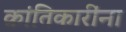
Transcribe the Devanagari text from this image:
क्रांतिकारींना